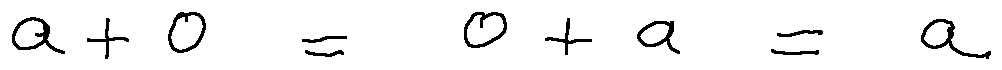
a + 0 = 0 + a = a